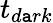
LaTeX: t_{d\mathtt{a}rk}